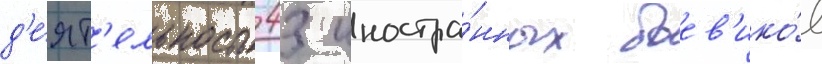
д'е́ят'ельность 43 иностра́нных боев'ико́в